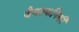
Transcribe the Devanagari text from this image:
जैवतकनिकी